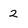
Character: 2